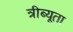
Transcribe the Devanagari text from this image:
त्रीब्यूता